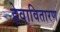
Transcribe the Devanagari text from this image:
हेवावितारण